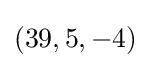
(39,5,-4)